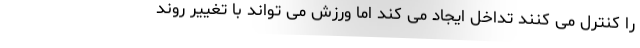
را کنترل می کنند تداخل ایجاد می کند اما ورزش می تواند با تغییر روند